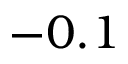
- 0 . 1